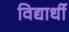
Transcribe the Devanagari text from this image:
विद्यार्धी